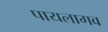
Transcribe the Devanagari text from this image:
पायलागव